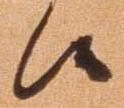
候